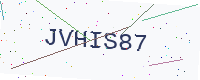
Text: JVHIS87